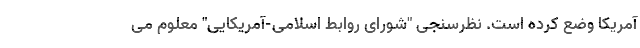
آمریکا وضع کرده است. نظرسنجی "شورای روابط اسلامی-آمریکایی" معلوم می